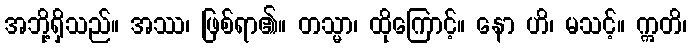
အဘို့ရှိသည်။ အဿ၊ ဖြစ်ရာ၏။ တသ္မာ၊ ထိုကြောင့်။ နော ဟိ၊ မသင့်။ ဣတိ၊